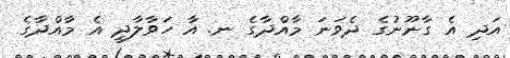
އަދި އެ ގާނޫނުގެ ދެވަނަ މާއްދާގެ ނ. އާ ހަވާލާދީ އެ މާއްދާގެ